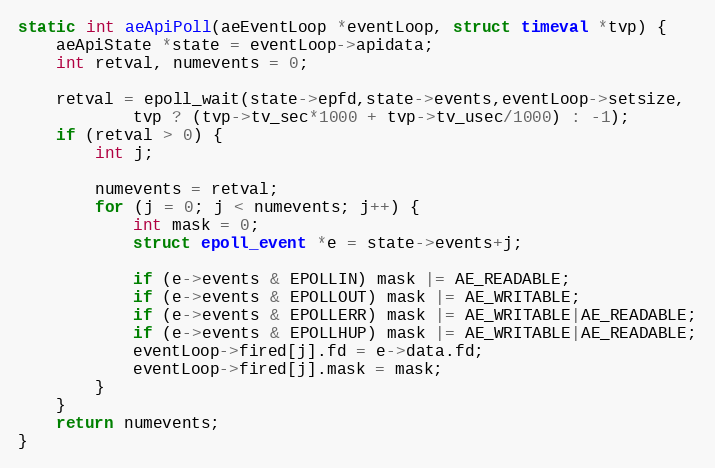
Language: C
static int aeApiPoll(aeEventLoop *eventLoop, struct timeval *tvp) {
    aeApiState *state = eventLoop->apidata;
    int retval, numevents = 0;

    retval = epoll_wait(state->epfd,state->events,eventLoop->setsize,
            tvp ? (tvp->tv_sec*1000 + tvp->tv_usec/1000) : -1);
    if (retval > 0) {
        int j;

        numevents = retval;
        for (j = 0; j < numevents; j++) {
            int mask = 0;
            struct epoll_event *e = state->events+j;

            if (e->events & EPOLLIN) mask |= AE_READABLE;
            if (e->events & EPOLLOUT) mask |= AE_WRITABLE;
            if (e->events & EPOLLERR) mask |= AE_WRITABLE|AE_READABLE;
            if (e->events & EPOLLHUP) mask |= AE_WRITABLE|AE_READABLE;
            eventLoop->fired[j].fd = e->data.fd;
            eventLoop->fired[j].mask = mask;
        }
    }
    return numevents;
}